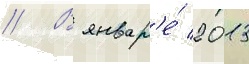
// В январ'е́ 2013